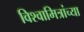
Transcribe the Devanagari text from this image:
विश्वामित्रांच्या